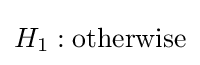
H_{1}:{\text{otherwise}}